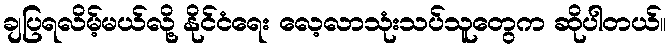
ချပြရလိမ့်မယ်လို့ နိုင်ငံရေး လေ့လာသုံးသပ်သူတွေက ဆိုပါတယ်။